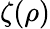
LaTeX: \zeta(\rho)